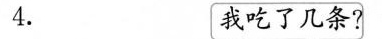
4. 我吃了几条?